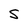
Character: S